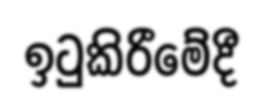
ඉටුකිරීමේදී